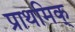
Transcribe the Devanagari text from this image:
प्राथमिक्